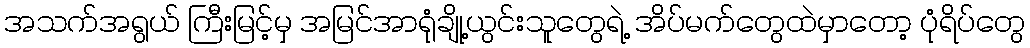
အသက်အရွယ် ကြီးမြင့်မှ အမြင်အာရုံချို့ယွင်းသူတွေရဲ့ အိပ်မက်တွေထဲမှာတော့ ပုံရိပ်တွေ